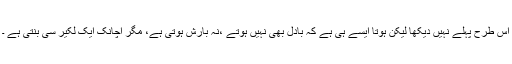
اس طرح پہلے نہیں دیکھا لیکن ہوتا ایسے ہی ہے کہ بادل بھی نہیں ہوتے ،نہ بارش ہوتی ہے، مگر اچانک ایک لکیر سی بنتی ہے ۔